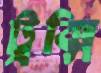
ট্রক্সি